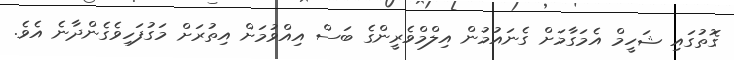
ގޮތުގައި ޝަހީމް އެމަގާމަށް ގެނައުމުން އިލްމްވެރީންގެ ބަސް އިއްވުމަށް އިތުރަށް މަގުފަހިވެގެންދާނެ އެވެ.